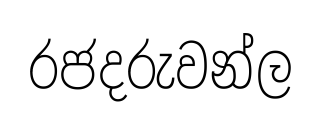
රජදරුවන්ල